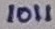
Text: 1011